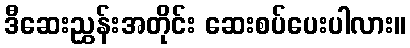
ဒီဆေးညွှန်းအတိုင်း ဆေးစပ်ပေးပါလား။